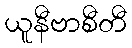
ယူနီဗာစီတီ